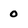
Character: 0